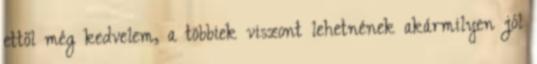
ettől még kedvelem, a többiek viszont lehetnének akármilyen jól